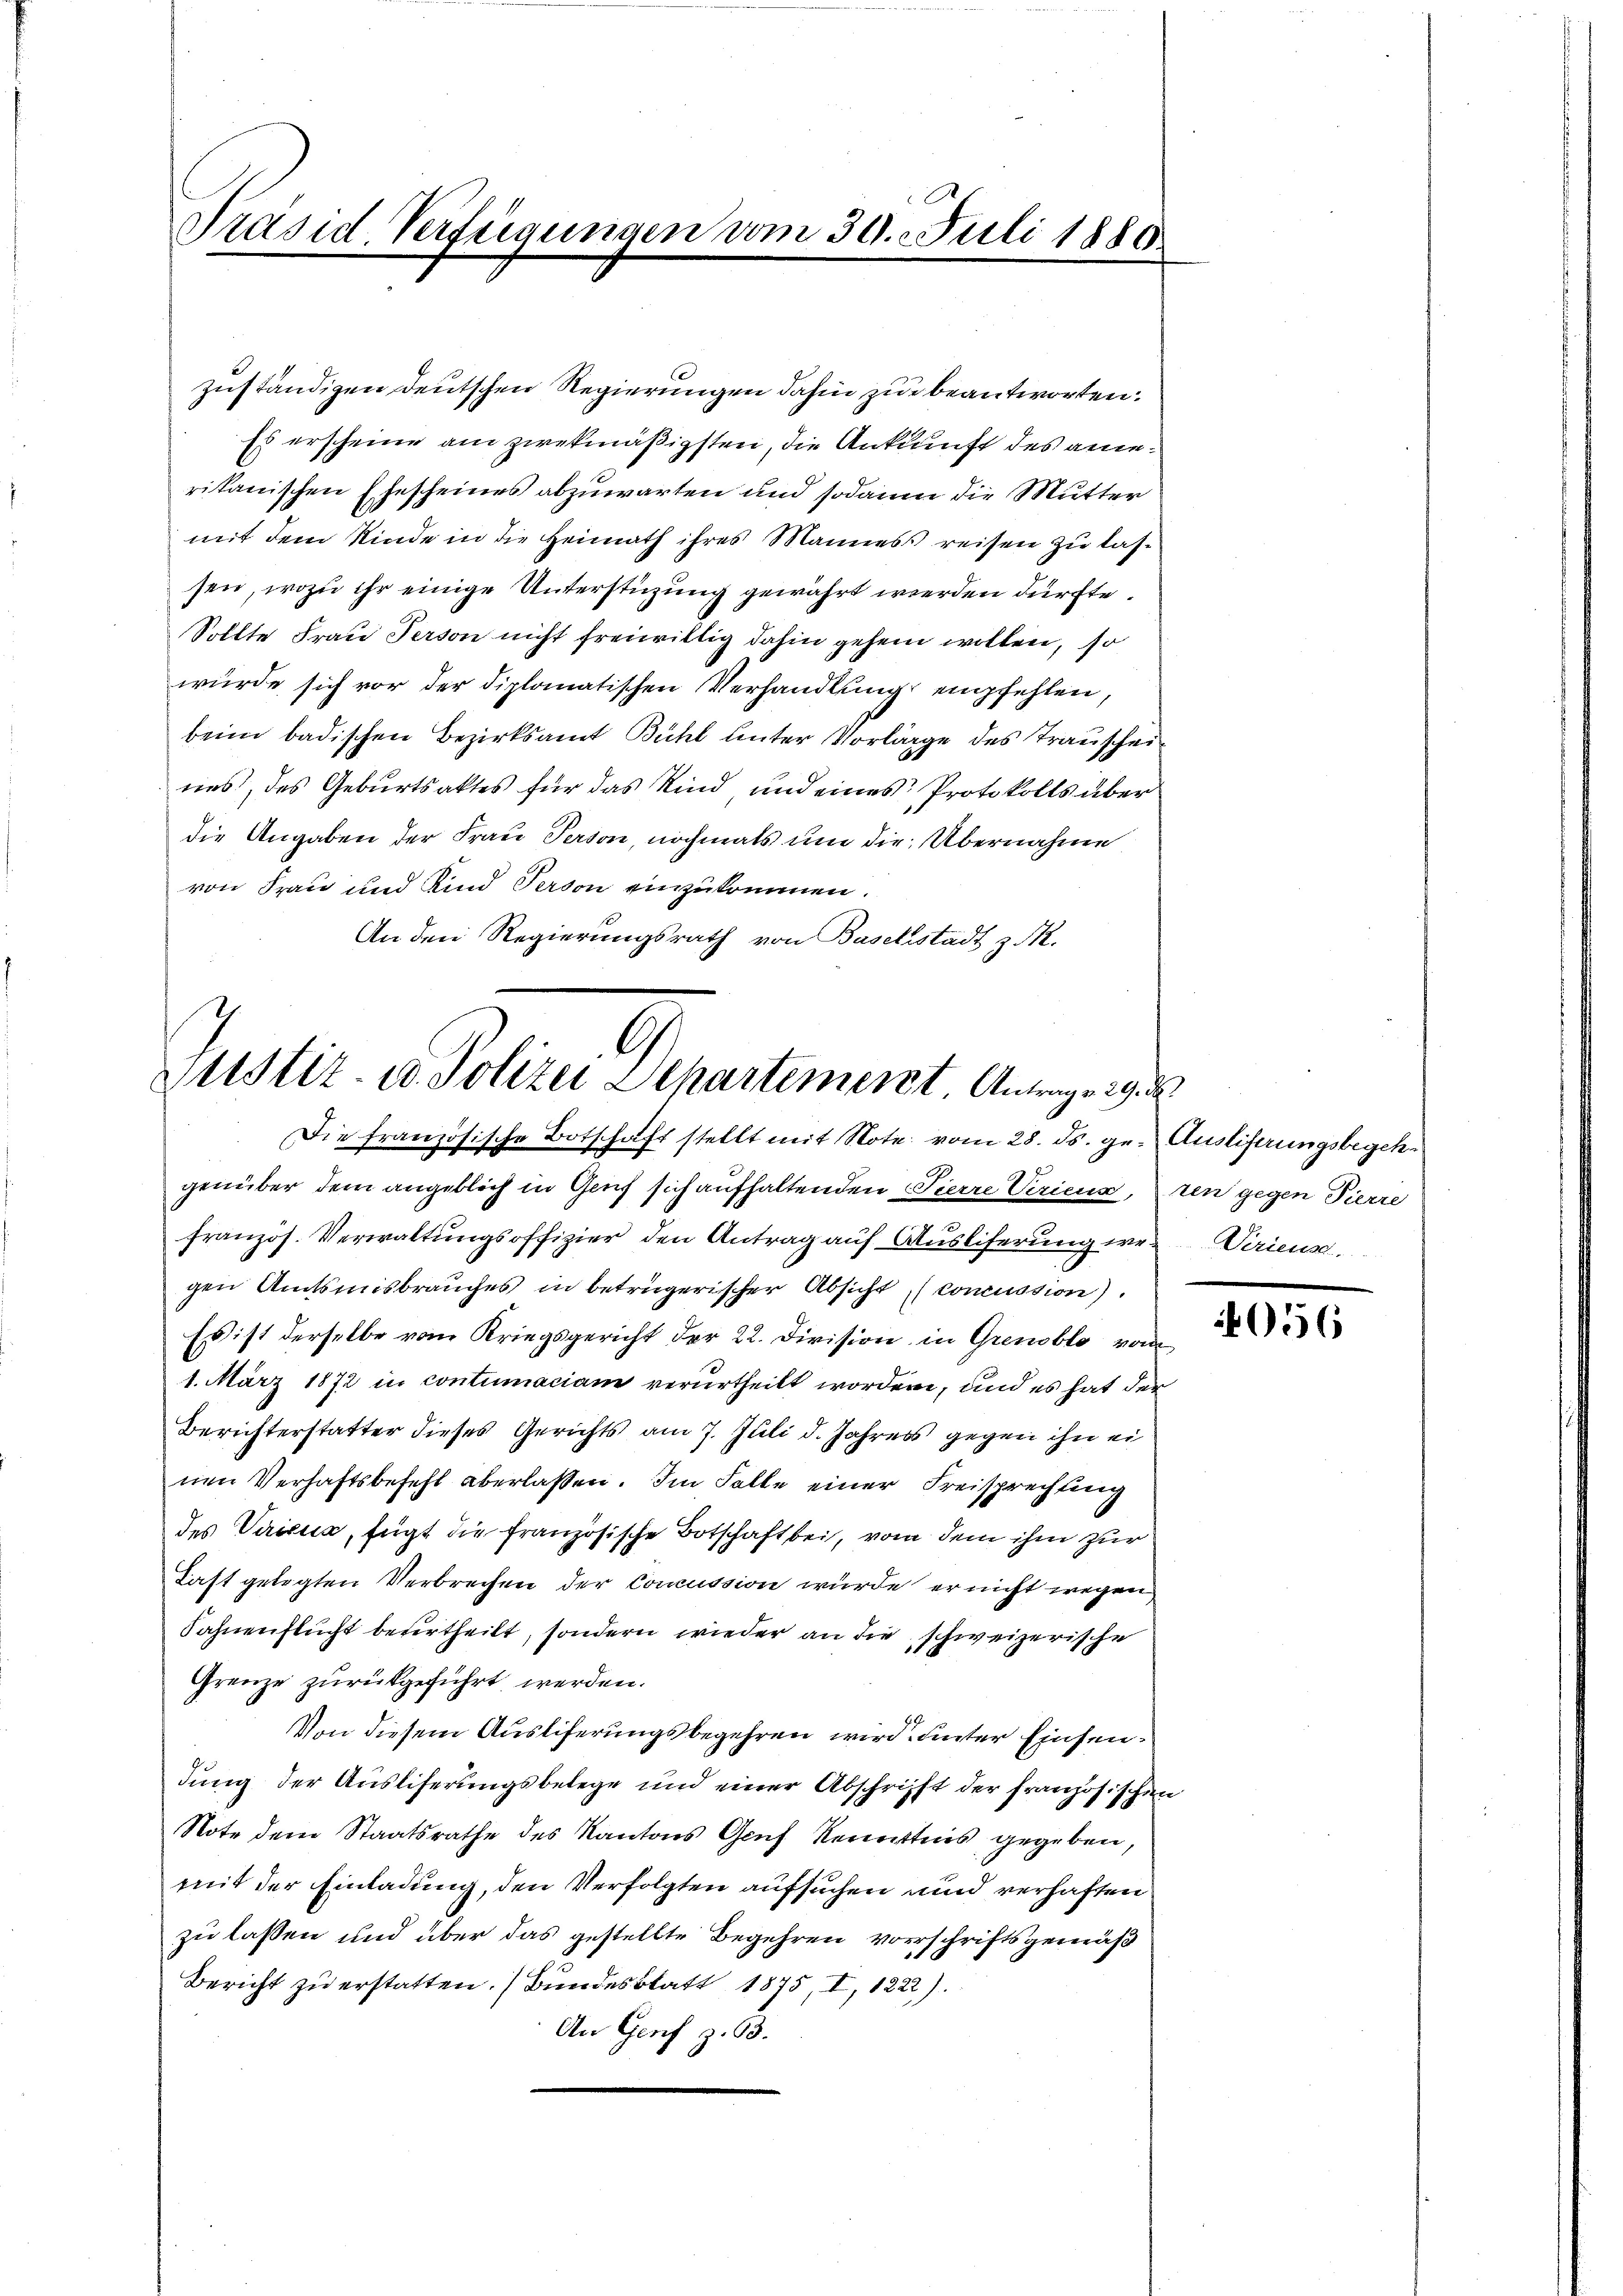
Präsid Vertregungen vom 30. Juli 1880.

zuständigen deutschen Regierungen dahin zu beantworten.
Es erscheine am zwekmäßigsten, die Ankunft des angerikanischen Ehescheines abzuwarten und sodann die Mutter
mit dem Kinde in die Heimath ihres Mannes reisen zu lassen, wozu ihr einige Unterstüzung gewährt werden dürfte.
Sollte Frau Person nicht freiwillig dahin gehen wollen, so
würde sich vor der diplomatischen Verhandlung empfehlen,
beim badischen Bezirksamt Bühl unter Vorläge des Trauscheines, des Geburtsaktes für das Kind und eines Protokolls über
die Angaben der Frau Person, nochmals um die Übernahme
von Frau und Kind Person einzukommen.
An den Regierungsrath von Baselstadt z. R.

3
Zustiz- u. Polizei Departement Antrage 19. d
Die französische Botschaft stellt mit Note vom 28. ds. ge. Ausliferungsbegeh¬

genüber dem angeblich in Genf sich aufhaltenden Pierre Veriens, ten gegen Pierre
französ. Verwaltŭngsoffizier den Antrag aŭf Aŭsliferŭng we-Virieuse.
gen Amtsmisbrauches in betrügerischer Absicht concussion).
Es ist derselbe vom Kriegsgericht der 22. Division in Grenoblo von
1. März 1872 in contumaciam verurtheilt worden, und es hat der
Berichterstatter dieses Gerichts am 7. Juli d. Jahress gegen ihn ei
nen Verhaftsbefehl aberlassen. Im Falle einer Freisprechung
des Verifica, fügt die französische Botschaft bei, von dem ihm zur
Last gelegten Verbrechen der Concussion wurde er nicht wegen
Sahnenflucht beurtheilt, sondern wieder an die schweizerische
Grenze zurückgeführt werden.
Von diesem Auslieferungsbegehren wird unter Einsendung der Ausliserungsbelege und einer Abschrifft der französischen
Note dem Staatsrathe des Kantons Graf Kenntnis gegeben,
mit der Einladung, den Verfolgten aufsuchen und verhaften
zu lassen und über das gestellte Begehren vorschriftsgemäß
Bericht zu erstatten. (Bundesblatt 1875, I, 1222).
An Genf z. 63.

4056